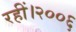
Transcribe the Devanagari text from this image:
रहीं।२००६